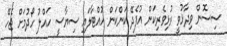
ސިސޮން ވިދާޅުވީ ރުޅިވެރިކަން އުފެދޭ ކަންކަން ހުއްޓާލައި ސިޔާސީ ހައްލު ހޯދުމަށް ޖެހޭ